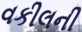
વકીલની